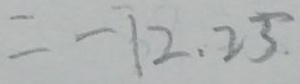
= - 1 2 . 2 5